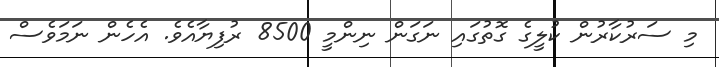
މި ސަރުކާރުން ކުލީގެ ގޮތުގައި ނަގަން ނިންމީ 8500 ރުފިޔާއެވެ. އެހެން ނަމަވެސް